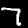
Digit: 7